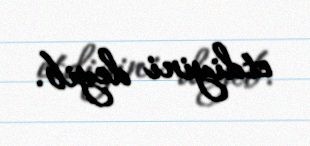
etdiyini deyib.